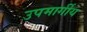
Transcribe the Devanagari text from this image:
उपमार्गीय